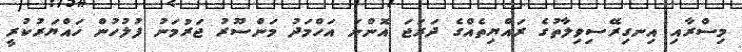
މިސްރާއި އިނގިރޭސިވިލާތުގެ ރައްޔިތެއްގެ ދަރަޖަ އޮންނަ އަހްމަދު މަންސޫރު ޖަރުމަނު ފުލުހުން ހައްޔަރުކުރީ